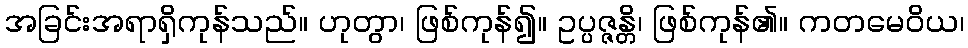
အခြင်းအရာရှိကုန်သည်။ ဟုတွာ၊ ဖြစ်ကုန်၍။ ဥပ္ပဇ္ဇန္တိ၊ ဖြစ်ကုန်၏။ ကတမေဝိယ၊